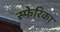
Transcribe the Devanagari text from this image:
स्फेरिका